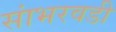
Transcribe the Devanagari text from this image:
सांभरवडी